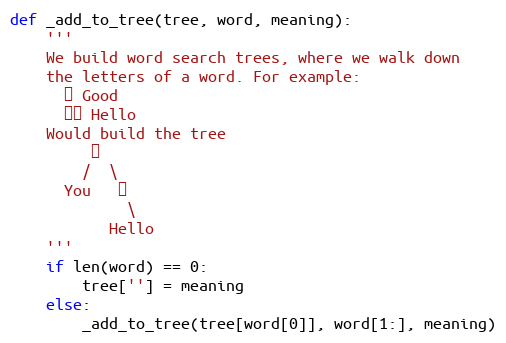
Language: Python
def _add_to_tree(tree, word, meaning):
    '''
    We build word search trees, where we walk down
    the letters of a word. For example:
      你 Good
      你好 Hello
    Would build the tree
         你
        /  \
      You   好
             \
           Hello
    '''
    if len(word) == 0:
        tree[''] = meaning
    else:
        _add_to_tree(tree[word[0]], word[1:], meaning)